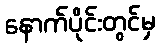
နောက်ပိုင်းတွင်မှ